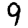
Digit: 9